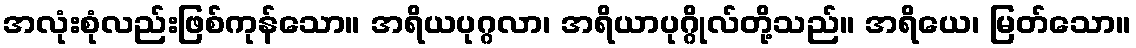
အလုံးစုံလည်းဖြစ်ကုန်သော။ အရိယပုဂ္ဂလာ၊ အရိယာပုဂ္ဂိုလ်တို့သည်။ အရိယေ၊ မြတ်သော။